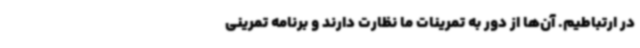
در ارتباطیم. آن‌ها از دور به تمرینات ما نظارت دارند و برنامه تمرینی